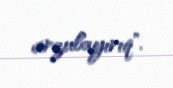
arzulayırıq".